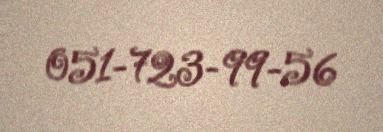
051-723-99-56